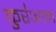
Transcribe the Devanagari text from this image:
कुर॑आन